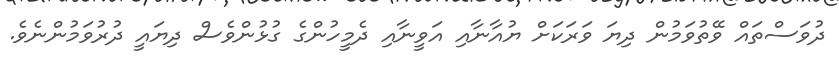
ދުވަސްތައް ވޭތުވަމުން ދިޔަ ވަރަކަށް ޔުއާނާއި އަވީނާއި ދެމީހުންގެ ގުޅުންވެސް ދިޔައީ ދުރުވަމުންނެވެ.